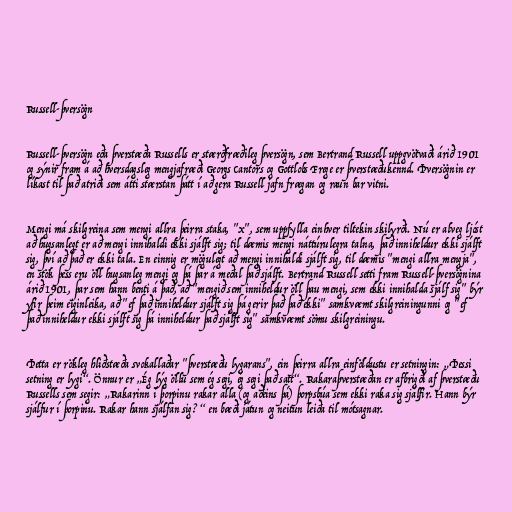
Russell-þversögn

Russell-þversögn eða þverstæða Russells er stærðfræðileg þversögn, sem Bertrand Russell uppgvötvaði árið 1901
og sýnir fram á að hversdagsleg mengjafræði Georgs Cantors og Gottlobs Frege er þverstæðukennd. Þversögnin er
líkast til það atriði sem átti stærstan þátt í að gera Russell jafn frægan og raun bar vitni.

Mengi má skilgreina sem mengi allra þeirra staka, "x", sem uppfylla einhver tiltekin skilyrði. Nú er alveg ljóst
að hugsanlegt er að mengi innihaldi ekki sjálft sig; til dæmis mengi náttúrulegra talna, það inniheldur ekki sjálft
sig, því að það er ekki tala. En einnig er mögulegt að mengi innihaldi sjálft sig, til dæmis "mengi allra mengja",
en stök þess eru öll hugsanleg mengi og þá þar á meðal það sjálft. Bertrand Russell setti fram Russell-þversögnina
árið 1901, þar sem hann benti á það, að "mengið sem inniheldur öll þau mengi, sem ekki innihalda sjálf sig" býr
yfir þeim eiginleika, að "ef það inniheldur sjálft sig þá gerir það það ekki" samkvæmt skilgreiningunni og "ef
það inniheldur ekki sjálft sig þá inniheldur það sjálft sig" samkvæmt sömu skilgreiningu.

Þetta er rökleg hliðstæða svokallaðar "þverstæðu lygarans", ein þeirra allra einföldustu er setningin: „Þessi
setning er lygi“. Önnur er „Ég lýg öllu sem ég segi, ég segi það satt“. Rakaraþverstæðan er afbrigði af þverstæðu
Russells sem segir: „Rakarinn í þorpinu rakar alla (og aðeins þá) þorpsbúa sem ekki raka sig sjálfir. Hann býr
sjálfur í þorpinu. Rakar hann sjálfan sig?“ en bæði játun og neitun leiða til mótsagnar.